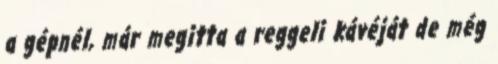
a gépnél, már megitta a reggeli kávéját de még